Report on enteric fever
Disease focus: Fever
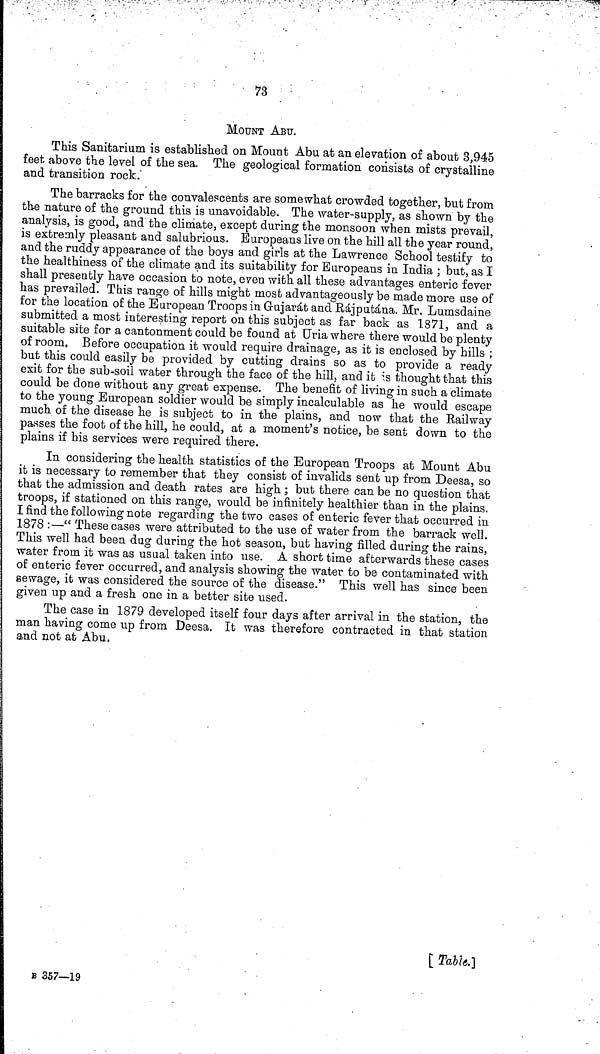
73
MOUNT ABU.
This Sanitarium is established on Mount Abu at an elevation of about 3,945
feet above the level of the sea. The geological formation consists of crystailine
and transition rock.
The barracks for the convalescents are somewhat crowded together, but from
the nature of the ground this is unavoidable. The water supply, as shown by the
analysis, is good, and the climate, except during the monsoon when mists prevail,
is extremly pleasant and salubrious. Europeans live on the hill all the year round,
and the ruddy appearance of the boys and girls at the Lawrence School testify to
the healthiness of the climate and its suitability for Europeans in India ; but, as I
shall presently have occasion to note, even with all these advantages enteric fever
has prevailed. This range of hills might most advantageously be made more use of
for the location of the European Troops in Gujarát and Rájputána. Mr. Lumsdaine
submitted a most interesting report on this subject as far back as 1871, and a
suitable site for a cantonment could be found at Uria where there would be plenty
of room. Before occupation it would require drainage, as it is enclosed by hills ;
but this could easily be provided by cutting drains so as to provide a ready
exit for the sub soil water through the face of the hill, and it is thought that this
could be done without any great expense. The benefit of living in such a climate
to the young European soldier would be simply incalculable as he would escape
much of the disease he is subject to in the plains, and now that the Railway
passes the foot of the hill, he could, at a moment's notice, be sent down to the
plains if his services were required there.
In considering the health statistics of the European Troops at Mount Abu
it is necessary to remember that they consist of invalids sent up from Deesa, so
that the admission and death rates are high ; but there can be no question that
troops, if stationed on this range, would be infinitely healthier than in the plains.
I find the following note regarding the two cases of enteric fever that occurred in
1878 :—" These cases were attributed to the use of water from the barrack well.
This well had been dag during the hot season, but having filled during the rains,
water from it was as usual taken into use. A short time afterwards these cases
of enteric fever occurred, and analysis showing the water to be contaminated with
sewage, it was considered the source of the disease." This well has since been
given up and a fresh one in a better site used.
The case in 1879 developed itself four days after arrival in the station, the
man having come up from Deesa. It was therefore contracted in that station
and not at Abu.
[ Table.]
B 357—19